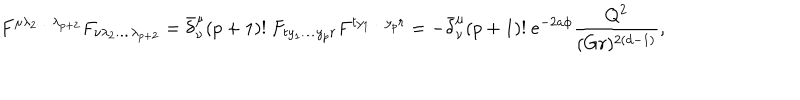
F ^ { \mu \lambda _ { 2 } \dots \lambda _ { p + 2 } } F _ { \nu \lambda _ { 2 } \dots \lambda _ { p + 2 } } = \bar { \delta } _ { \nu } ^ { \mu } ( p + 1 ) ! \ F _ { t y _ { 1 } \dots y _ { p } r } F ^ { t y _ { 1 } \dots y _ { p } r } = - \bar { \delta } _ { \nu } ^ { \mu } ( p + 1 ) ! \ e ^ { - 2 a \phi } { \frac { Q ^ { 2 } } { ( G r ) ^ { 2 ( d - 1 ) } } } ,